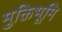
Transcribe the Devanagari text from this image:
मुक्तिभूमि